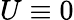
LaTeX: U\equiv 0